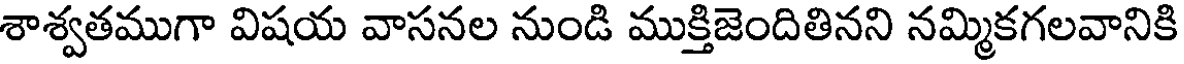
శాశ్వతముగా విషయ వాసనల నుండి ముక్తిజెందితినని నమ్మికగలవానికి